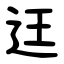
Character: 迋